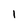
Character: 1